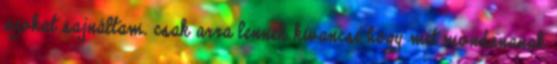
azokat sajnáltam. csak arra lennek kivancsi hogy mit mondananak